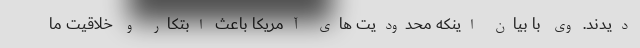
دیدند. وی با بیان اینکه محدودیت های آمریکا باعث ابتکار و خلاقیت ما